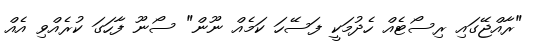
"ރާއްޖޭގައި ރިސޯޓެއް ހެދުމަކީ ފަސޭހަ ކަމެއް ނޫން" ސޯނޫ ފާހަގަ ކުރެއްވި އެއް